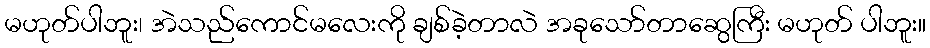
မဟုတ်ပါဘူး၊ အဲသည်ကောင်မလေးကို ချစ်ခဲ့တာလဲ အခုသော်တာဆွေကြီး မဟုတ် ပါဘူး။